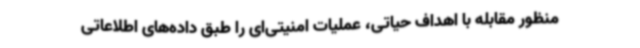
منظور مقابله با اهداف حیاتی، عملیات امنیتی‌ای را طبق داده‌های اطلاعاتی